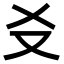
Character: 𪠣